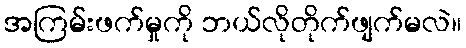
အကြမ်းဖက်မှုကို ဘယ်လိုတိုက်ဖျက်မလဲ။